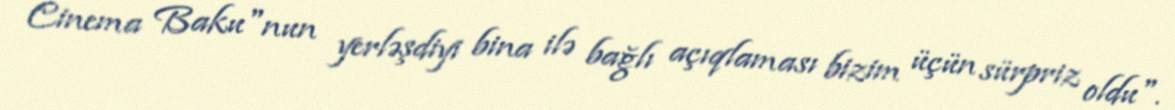
Cinema Baku"nun yerləşdiyi bina ilə bağlı açıqlaması bizim üçün sürpriz oldu".